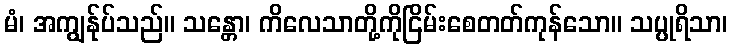
မံ၊ အကျွန်ုပ်သည်။ သန္တော၊ ကိလေသာတို့ကိုငြိမ်းစေတတ်ကုန်သော။ သပ္ပုရိသာ၊